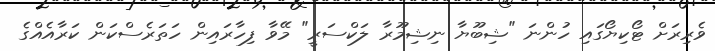
ވެރިރަށް ޓޯކިޔޯގައި ހުންނަ "ޝިބޫޔާ ނިޝިމޫރާ ލަކްސަރީ" މޭވާ ފިހާރައިން ހަތަރެސްކަން ކަރާއެއްގެ